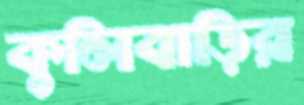
কুলিবাড়ির